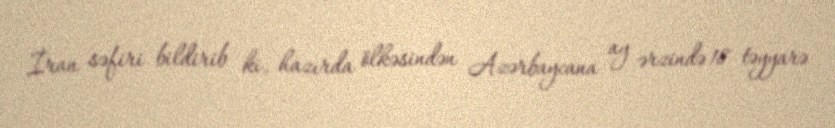
İran səfiri bildirib ki, hazırda ölkəsindən Azərbaycana ay ərzində 18 təyyarə